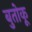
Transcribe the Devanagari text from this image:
बुतोकू